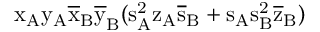
\mathrm { x _ { A } \mathrm { y _ { A } \mathrm { \overline { { x } } _ { B } \mathrm { \overline { { y } } _ { B } ( \mathrm { s _ { A } ^ { 2 } \mathrm { z _ { A } \mathrm { \overline { { s } } _ { B } + \mathrm { s _ { A } \mathrm { s _ { B } ^ { 2 } \mathrm { \overline { { z } } _ { B } ) } } } } } } } } } }